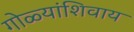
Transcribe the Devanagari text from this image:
गोळ्यांशिवाय